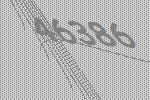
46386